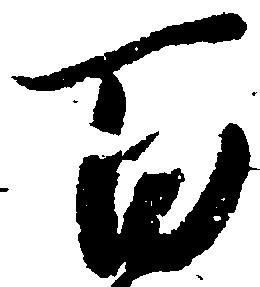
百